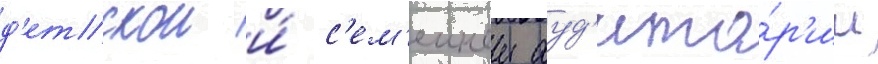
д'етскои и́ с'ем'еинои ауд'ито́р'ии